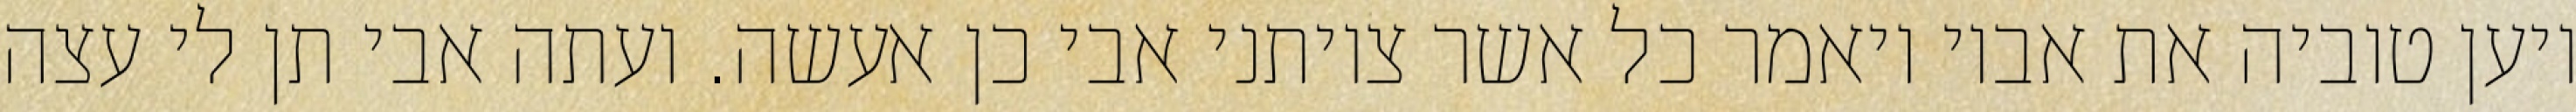
ויען טוביה את אביו ויאמר כל אשר צויתני אבי כן אעשה. ועתה אבי תן לי עצה